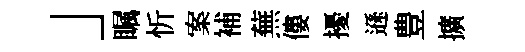
」瞩忻案補蕪僂擾遜豊擴